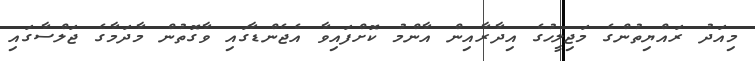
މިއަދު ރައްޔިތުންގެ މަޖިލީހުގެ އިދާރާއިން އާންމު ކޮށްފައިވާ އެޖެންޑާގައި ވާގޮތުން މާދަމާގެ ޖަލްސާގައި